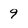
Character: 9